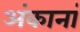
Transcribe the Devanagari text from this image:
अंकानां